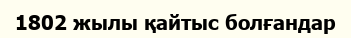
1802 жылы қайтыс болғандар